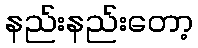
နည်းနည်းတော့